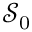
{ \mathcal { S } } _ { 0 }